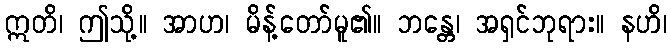
ဣတိ၊ ဤသို့။ အာဟ၊ မိန့်တော်မူ၏။ ဘန္တေ၊ အရှင်ဘုရား။ နဟိ၊